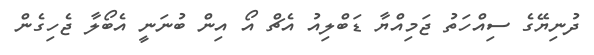
ދުނިޔޭގެ ސިއްހަތު ޖަމިއްޔާ ޑަބްލިއު އެޗް އޯ އިން ބުނަނީ އެބޯލާ ޖެހިގެން